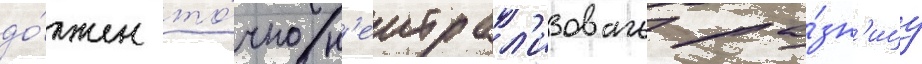
до́лжен то́чно н'еитрал'изовать ра́зн'ицу